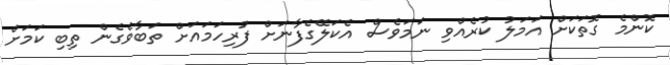
ކޮންމެ ގޮތަކަށް އަމަލު ކުރެއްވި ނަމަވެސް އެކަލޭގެފާނަށް ފުރިހަމައަށް ތަބާވެގެން ތިބި ކަމަށް